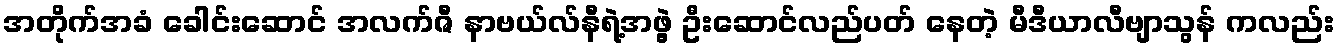
အတိုက်အခံ ခေါင်းဆောင် အလက်ဇီ နာဗယ်လ်နီရဲ့အဖွဲ့ ဦးဆောင်လည်ပတ် နေတဲ့ မီဒီယာလီဗျာသွန် ကလည်း